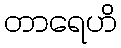
တာရေဟိ